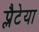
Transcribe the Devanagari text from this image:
प्लैटेया